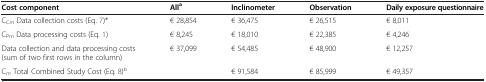
| Cost component | Alla | Inclinometer | Observation | Daily exposure questionnaire |
 | --- | --- | --- | --- | --- |
 | CCm Data collection costs (Eq. 7)* | € 28,854 | € 36,475 | € 26,515 | € 8,011 |
 | CPm Data processing costs (Eq. 1) | € 8,245 | € 18,010 | € 22,385 | € 4,246 |
 | Data collection and data processing costs (sum of two first rows in the column) | € 37,099 | € 54,485 | € 48,900 | € 12,257 |
 | Cm Total Combined Study Cost (Eq. 8)b |  | € 91,584 | € 85,999 | € 49,357 |